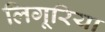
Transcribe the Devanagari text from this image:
लिगूरिया